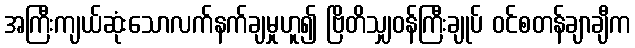
အကြီးကျယ်ဆုံးသောလက်နက်ချမှုဟူ၍ ဗြိတိသျှဝန်ကြီးချုပ် ဝင်စတန်ချာချီက